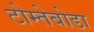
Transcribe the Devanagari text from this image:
टोम्तेबोडा